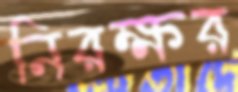
নিরক্ষর